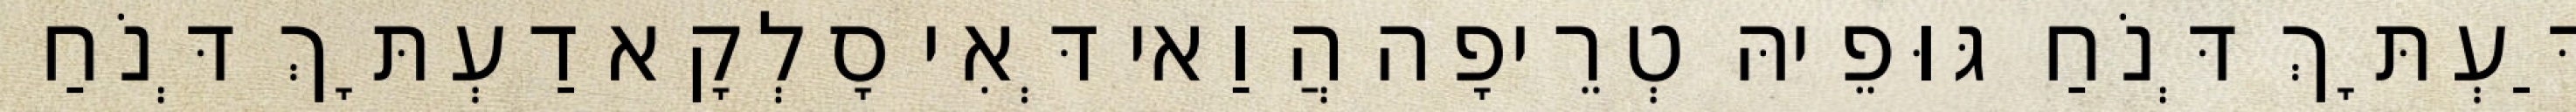
דַּעְתָּךְ דְּנֹחַ גּוּפֵיהּ טְרֵיפָה הֲוַאי דְּאִי סָלְקָא דַעְתָּךְ דְּנֹחַ